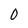
Character: O